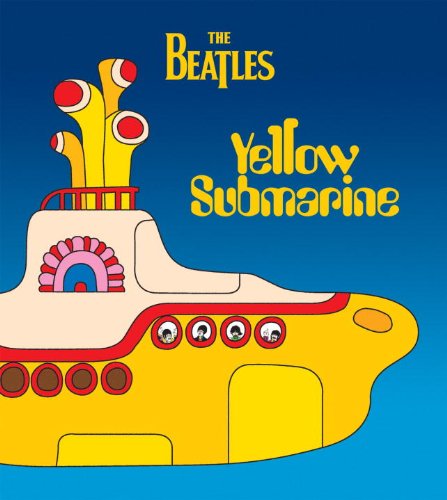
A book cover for Yellow Submarine: Midi Edition; The Beatles; Children's Books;